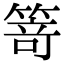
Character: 𥯽